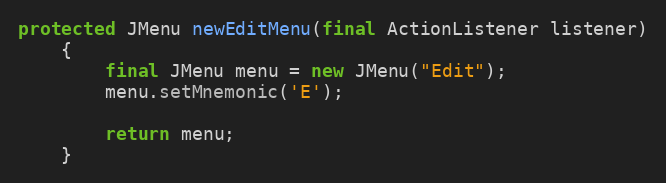
Language: Java
protected JMenu newEditMenu(final ActionListener listener)
	{
		final JMenu menu = new JMenu("Edit");
		menu.setMnemonic('E');

		return menu;
	}